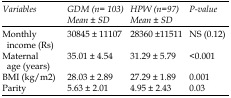
<table><thead><tr><td><b><i>Variables</i></b></td><td><b><i>GDM (n= 103)</i><i>Mean ± SD</i></b></td><td><b><i>HPW (n=97)</i><i>Mean ± SD</i></b></td><td><b><i>P-value</i></b></td></tr></thead><tbody><tr><td>Monthly income (Rs)</td><td>30845 ± 11107</td><td>28360 ±11511</td><td>NS (0.12)</td></tr><tr><td>Maternal age (years)</td><td>35.01 ± 4.54</td><td>31.29 ± 5.79</td><td>&lt;0.001</td></tr><tr><td>BMI (kg/m<sup>2</sup>)</td><td>28.03 ± 2.89</td><td>27.29 ± 1.89</td><td>0.001</td></tr></tbody></table>